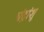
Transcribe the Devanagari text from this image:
चंद्रांशु